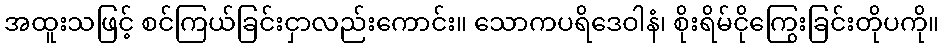
အထူးသဖြင့် စင်ကြယ်ခြင်းငှာလည်းကောင်း။ သောကပရိဒေဝါနံ၊ စိုးရိမ်ငိုကြွေးခြင်းတိုပကို။